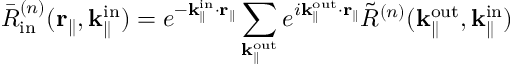
\bar { R } _ { \mathrm { i n } } ^ { ( n ) } ( \mathbf { r } _ { \parallel } , \mathbf { k } _ { \parallel } ^ { \mathrm { i n } } ) = e ^ { - \mathbf { k } _ { \parallel } ^ { \mathrm { i n } } \cdot \mathbf { r } _ { \parallel } } \sum _ { \mathbf { k } _ { \parallel } ^ { \mathrm { o u t } } } e ^ { i \mathbf { k } _ { \parallel } ^ { \mathrm { o u t } } \cdot \mathbf { r } _ { \parallel } } \Tilde { R } ^ { ( n ) } ( { \mathbf { k } _ { \parallel } ^ { \mathrm { o u t } } } , \mathbf { k } _ { \parallel } ^ { \mathrm { i n } } )